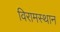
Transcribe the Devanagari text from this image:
विरामस्थान